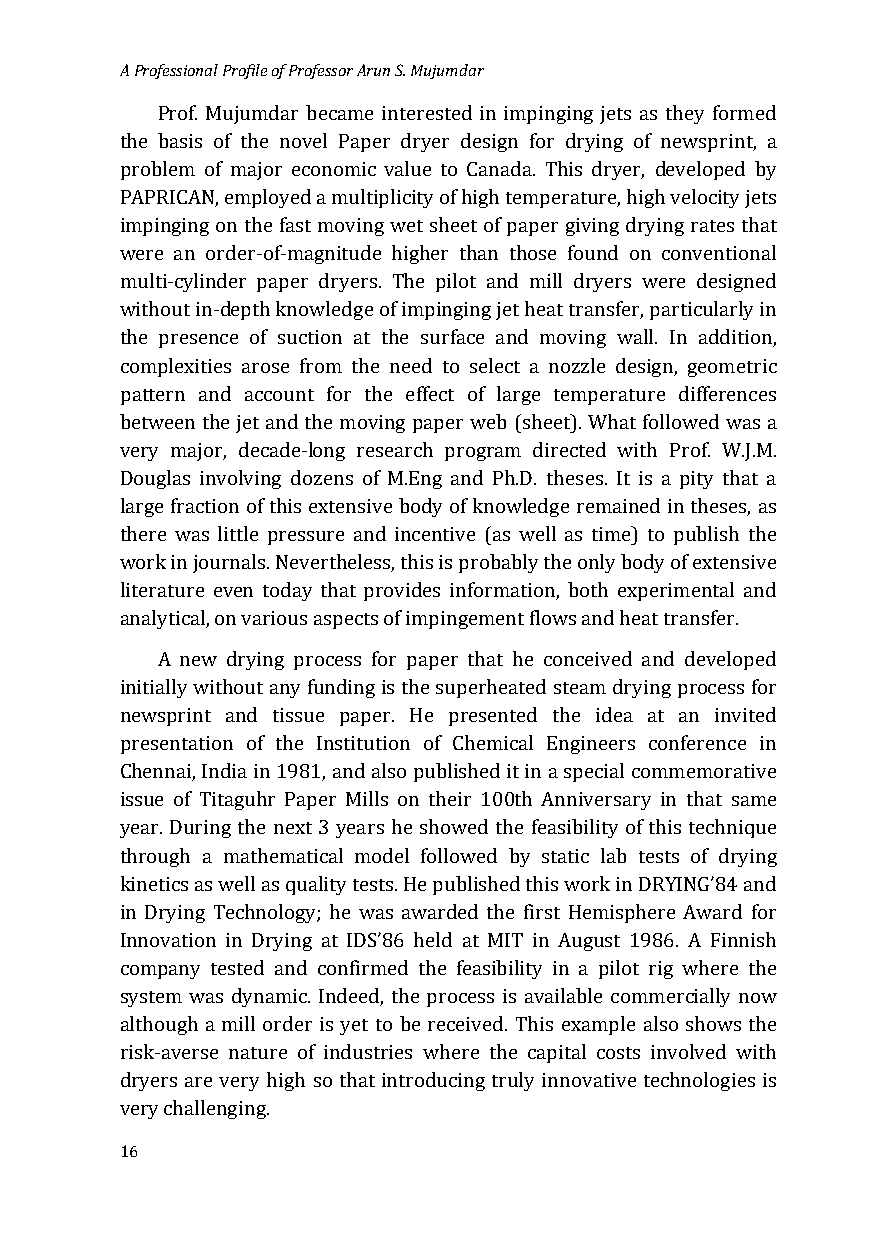
A Professional Profile of Professor Arun S. Mujumdar
 Prof. Mujumdar became interested in impinging jets as they formed
 the basis of the novel Paper dryer design for drying of newsprint, a
 problem of major economic value to Canada. This dryer, developed by
 PAPRICAN, employed a multiplicity of high temperature, high velocity jets
 impinging on the fast moving wet sheet of paper giving drying rates that
 were an order-of-magnitude higher than those found on conventional
 multi-cylinder paper dryers. The pilot and mill dryers were designed
 without in-depth knowledge of impinging jet heat transfer, particularly in
 the presence of suction at the surface and moving wall. In addition,
 complexities arose from the need to select a nozzle design, geometric
 pattern and account for the effect of large temperature differences
 between the jet and the moving paper web (sheet). What followed was a
 very major, decade-long research program directed with Prof. W.J.M.
 Douglas involving dozens of M.Eng and Ph.D. theses. It is a pity that a
 large fraction of this extensive body of knowledge remained in theses, as
 there was little pressure and incentive (as well as time) to publish the
 work in journals. Nevertheless, this is probably the only body of extensive
 literature even today that provides information, both experimental and
 analytical, on various aspects of impingement flows and heat transfer.
 A new drying process for paper that he conceived and developed
 initially without any funding is the superheated steam drying process for
 newsprint and tissue paper. He presented the idea at an invited
 presentation of the Institution of Chemical Engineers conference in
 Chennai, India in 1981, and also published it in a special commemorative
 issue of Titaguhr Paper Mills on their 100th Anniversary in that same
 year. During the next 3 years he showed the feasibility of this technique
 through a mathematical model followed by static lab tests of drying
 kinetics as well as quality tests. He published this work in DRYING’84 and
 in Drying Technology; he was awarded the first Hemisphere Award for
 Innovation in Drying at IDS’86 held at MIT in August 1986. A Finnish
 company tested and confirmed the feasibility in a pilot rig where the
 system was dynamic. Indeed, the process is available commercially now
 although a mill order is yet to be received. This example also shows the
 risk-averse nature of industries where the capital costs involved with
 dryers are very high so that introducing truly innovative technologies is
 very challenging.
 16